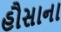
હૌસાના